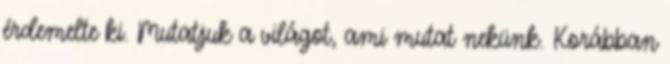
érdemelte ki. Mutatjuk a világot, ami mutat nekünk. Korábban